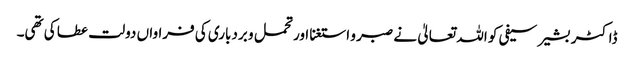
ڈاکٹر بشیر سیفی کو اللہ تعالیٰ نے صبر و استغنا اور تحمل و بردباری کی فراواں دولت عطا کی تھی۔